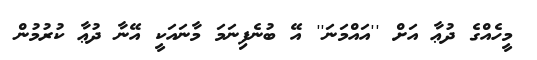
މީހެއްގެ ދުޢާ އަށް ''އައްމަނަ'' އޭ ބުނެފިނަމަ މާނައަކީ އޭނާ ދުޢާ ކުރުމުން